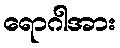
ရောဂါအား